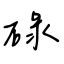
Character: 碌